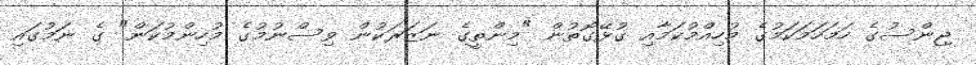
ޖިންސުގެ ހަމަހަމަކަމުގެ މުހިއްމުކަމާއި ގުޅޭގޮތުން "މިންތީގެ ނަޒަރަކުން ވިސްނުމުގެ މުހިންމުކަން" ގެ ނަމުގައި